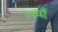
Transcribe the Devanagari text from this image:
४८वाँ